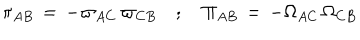
LaTeX: \pi _ { A B } \, = \, - \varpi _ { A C } \, \varpi _ { C B } \quad ; \quad \Pi _ { A B } \, = \, - \Omega _ { A C } \, \Omega _ { C B }